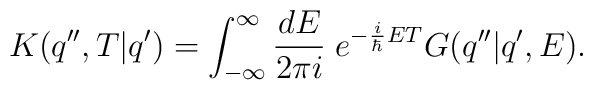
K(q'',T|q')=\int _{-\infty }^{\infty }\frac{dE}{2\pi i}\; e^{-\frac{i}{\hbar }ET}G(q''|q',E).